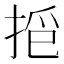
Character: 𱠁